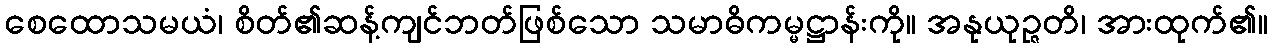
စေထောသမယံ၊ စိတ်၏ဆန့်ကျင်ဘတ်ဖြစ်သော သမာဓိကမ္မဋ္ဌာန်းကို။ အနုယုဉ္ဇတိ၊ အားထုက်၏။